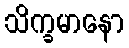
သိက္ခမာနော